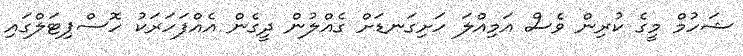
ޝަހުމް މީގެ ކުރިން ވެސް އަމިއްލަ ހަށިގަނޑަށް ގެއްލުން ދީގެން އެއްފަހަރަކު ހޮސްޕިޓަލްގައި